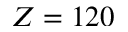
Z = 1 2 0